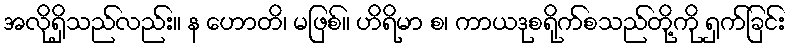
အလိုရှိသည်လည်း။ န ဟောတိ၊ မဖြစ်။ ဟိရိမာ စ၊ ကာယဒုစရိုက်စသည်တို့ကို ရှက်ခြင်း